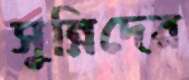
সুন্নিদের